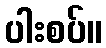
ပါးစပ်။